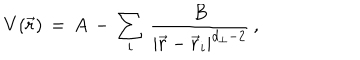
LaTeX: V ( { \vec { r } } ) \, = \, A \, - \, \sum _ { i } \, { \frac { B } { | { \vec { r } } - { \vec { r } } _ { i } | ^ { d _ { \perp } - 2 } } } \, ,